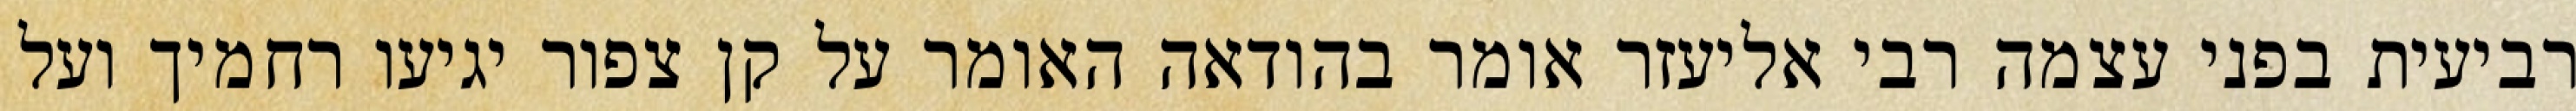
רביעית בפני עצמה רבי אליעזר אומר בהודאה האומר על קן צפור יגיעו רחמיך ועל